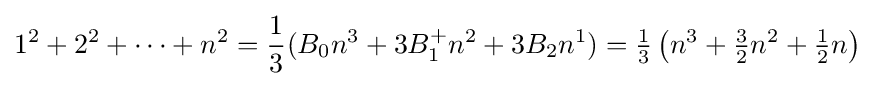
1^{2}+2^{2}+\cdots +n^{2}={\frac {1}{3}}(B_{0}n^{3}+3B_{1}^{+}n^{2}+3B_{2}n^{1})={\tfrac {1}{3}}\left(n^{3}+{\tfrac {3}{2}}n^{2}+{\tfrac {1}{2}}n\right)